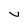
Character: v